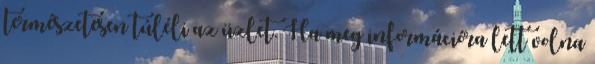
természetesen túléli az üzlet. Ha meg információra lett volna